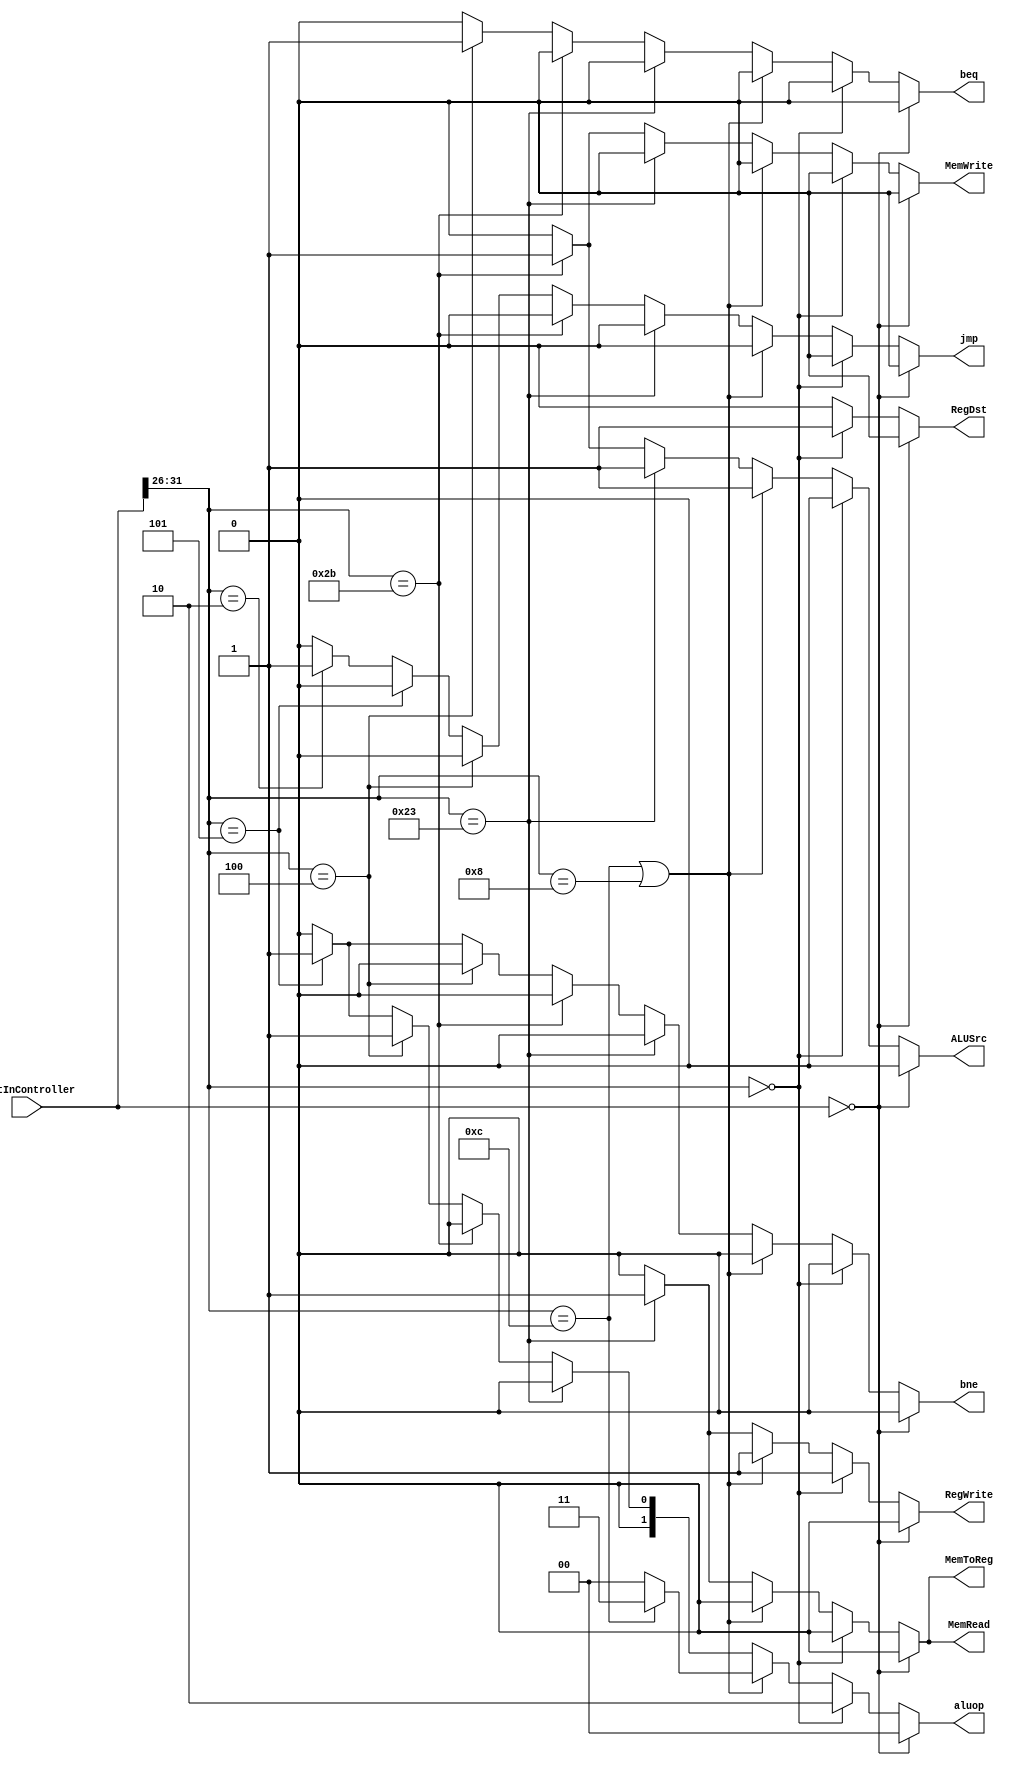
module SignalController(input [31:0] InstInController, 
                        output reg ALUSrc, RegWrite, beq, bne, jmp, MemRead, MemWrite, MemToReg, RegDst, 
                        output reg [1:0] aluop);
    wire[5:0] Opcode;
    assign Opcode = InstInController[31:26];                    
    always@(InstInController)begin
      {ALUSrc,RegWrite,beq,bne,MemRead,MemWrite,MemToReg,RegDst,jmp,aluop} = 11'b00000000000;
      if(InstInController == 32'b00000000000000000000000000000000)
        {ALUSrc,RegWrite,beq,bne,MemRead,MemWrite,MemToReg,RegDst,jmp,aluop} = 11'b00000000000;
      else if(Opcode == 6'b000000)begin // r_type
        {ALUSrc,RegWrite,beq,bne,MemRead,MemWrite,MemToReg,RegDst,jmp} = 9'b010000010;
        aluop = 2'b10;
      end
      else if(Opcode == 6'b001100 || Opcode == 6'b001000)begin //addi andi
        {ALUSrc,RegWrite,beq,bne,MemRead,MemWrite,MemToReg,RegDst,jmp} = 9'b110000000;
        aluop = (Opcode == 6'b001100) ? 2'b11 : 2'b00;
      end
      else if(Opcode == 6'b100011)begin //lw
        {ALUSrc,RegWrite,beq,bne,MemRead,MemWrite,MemToReg,RegDst,jmp} = 9'b110010100;
        aluop = 2'b00;
      end
      else if(Opcode == 6'b101011)begin //sw
        {ALUSrc,RegWrite,beq,bne,MemRead,MemWrite,MemToReg,RegDst,jmp} = 9'b100001000;
        aluop = 2'b00;
      end
      else if(Opcode == 6'b000100)begin //beq
        {ALUSrc,RegWrite,beq,bne,MemRead,MemWrite,MemToReg,RegDst,jmp} = 9'b001000000;
        aluop = 2'b01;
      end
      else if(Opcode == 6'b000101)begin //bne
        {ALUSrc,RegWrite,beq,bne,MemRead,MemWrite,MemToReg,RegDst,jmp} = 9'b000100000;
        aluop = 2'b01;
      end
      else if(Opcode == 6'b000010)begin //j
        {ALUSrc,RegWrite,beq,bne,MemRead,MemWrite,MemToReg,RegDst,jmp} = 9'b000000001;
        aluop = 2'b00;
      end
    end
endmodule

module ALUControllerC(input [1:0] aluop,
                      input [5:0] Funccode, 
                      output reg [2:0] AluOperation);

    always@(aluop, Funccode)begin
      if(aluop == 2'b10)begin
        if(Funccode == 6'b100000) AluOperation = 3'b010; //add
        else if(Funccode == 6'b100100) AluOperation = 3'b000; //and
        else if(Funccode == 6'b100101) AluOperation = 3'b001; //or
        else if(Funccode == 6'b100010) AluOperation = 3'b011; //sub
        else if(Funccode == 6'b101010) AluOperation = 3'b100; //compare
        else AluOperation = 3'b010;
      end
      else if(aluop == 2'b00) AluOperation = 3'b010; //add
      else if(aluop == 2'b01) AluOperation = 3'b011; //sub
      else if(aluop == 2'b11) AluOperation = 3'b000; //and
    end
endmodule

module MIPS_Controller(input [31:0] InstInController,
                       input areEqual, 
                       output [1:0] PCSrc, 
                       output [8:0] controllerSignals, 
                       output Branch, instClear);

    wire MemToReg, RegWrite, MemRead, MemWrite, ALUSrc, RegDst;
    wire [2:0] ALUOP;
    wire be,bn,jmp;
    wire [1:0] op;
    wire [5:0] Funccode;
    assign Funccode = InstInController[5:0];
    SignalController sc(InstInController, ALUSrc, RegWrite, be, bn, jmp, MemRead, MemWrite, MemToReg, RegDst, op);
    ALUControllerC aluc(op, Funccode, ALUOP);
    assign Branch = be || bn;
    assign PCSrc = (jmp) ? 2'b10 : ((be && areEqual) || (bn && ~areEqual)) ? 2'b01 : 2'b00;
    assign instClear = ((jmp) || (be && areEqual) || (bn && ~areEqual)) ? 1'b1 : 1'b0;
    assign controllerSignals = {MemToReg, RegWrite, MemRead, MemWrite, ALUSrc, ALUOP, RegDst};
endmodule